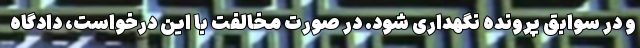
و در سوابق پرونده نگهداری شود. در صورت مخالفت با این درخواست، دادگاه